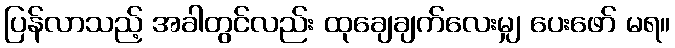
ပြန်လာသည့် အခါတွင်လည်း ထုချေချက်လေးမျှ ပေးဖော် မရ။